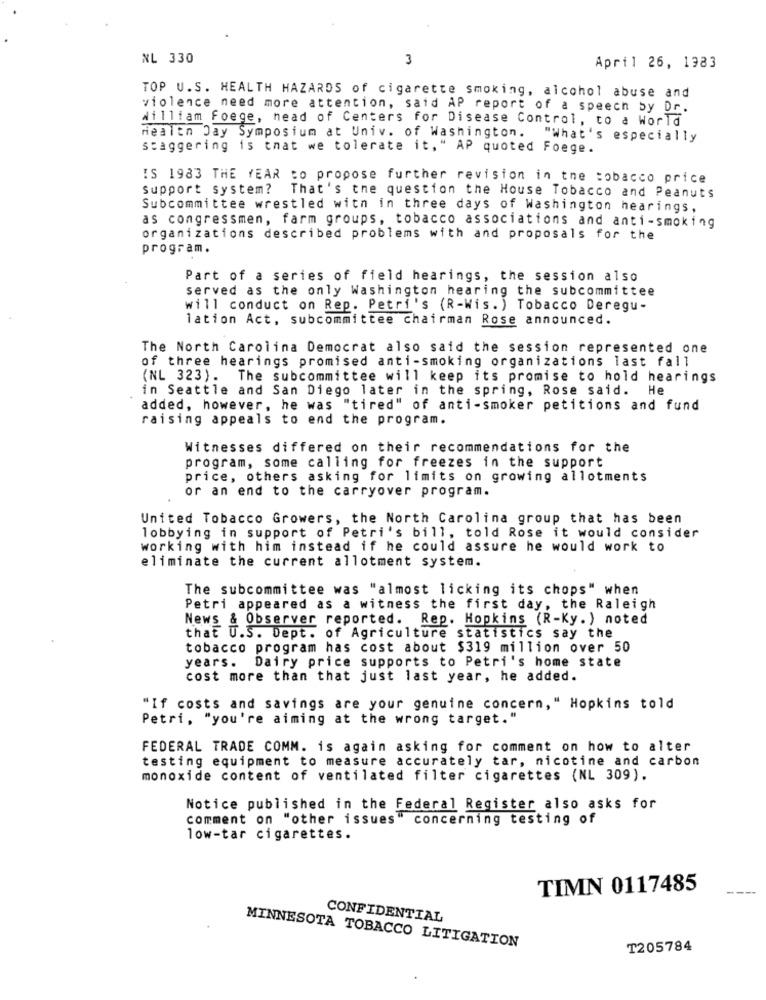
NL 330
3
April 26, 1983
TOP U.S. HEALTH HAZARDS of cigarette smoking, alcohol abuse and
violence need more attention, said AP report of a speech by Dr.
William Foege, nead of Centers for Disease Control, to a World
realen Jay Symposium at Univ. of Washington.
"What's especially
staggering is that we tolerate it," AP quoted Foege.
IS 1983 THE YEAR to propose further revision in the tobacco price
Support system?
That's the question the House Tobacco and Peanuts
Subcommittee wrestled witn in three days of Washington hearings,
as congressmen, farm groups, tobacco associations and anti-smoking
organizations described problems with and proposals for the
program.
Part of a series of field hearings, the session also
served as the only Washington hearing the subcommittee
will conduct on Rep. Petri's (R-Wis. ) Tobacco Deregu-
lation Act, subcommittee chairman Rose announced.
The North Carolina Democrat also said the session represented one
of three hearings promised anti-smoking organizations last fall
(NL 323). The subcommittee will keep its promise to hold hearings
in Seattle and San Diego later in the spring, Rose said. He
added, however, he was "tired" of anti-smoker petitions and fund
raising appeals to end the program.
Witnesses differed on their recommendations for the
program, some calling for freezes in the support
price, others asking for limits on growing allotments
or an end to the carryover program.
United Tobacco Growers, the North Carolina group that has been
lobbying in support of Petri's bill, told Rose it would consider
working with him instead if he could assure he would work to
eliminate the current allotment system.
The subcommittee was "almost licking its chops" when
Petri appeared as a witness the first day, the Raleigh
News & Observer reported. Rep. Hopkins (R-Ky. ) noted
that U.S. Dept. of Agriculture statistics say the
tobacco program has cost about $319 million over 50
years.
Dairy price supports to Petri's home state
cost more than that just last year, he added.
"If costs and savings are your genuine concern," Hopkins told
Petri, "you're aiming at the wrong target."
FEDERAL TRADE COMM. is again asking for comment on how to alter
testing equipment to measure accurately tar, nicotine and carbon
monoxide content of ventilated filter cigarettes (NL 309).
Notice published in the Federal Register also asks for
comment on "other issues" concerning testing of
low-tar cigarettes.
TIMN 0117485
----
CONFIDENTIAL
MINNESOTA TOBACCO LITIGATION
T205784